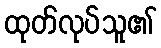
ထုတ်လုပ်သူ၏